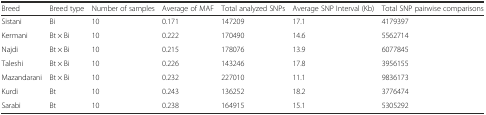
| Breed | Breed type | Number of samples | Average of MAF | Total analyzed SNPs | Average SNP Interval (Kb) | Total SNP pairwise comparisons |
 | --- | --- | --- | --- | --- | --- | --- |
 | Sistani | Bi | 10 | 0.171 | 147209 | 17.1 | 4179397 |
 | Kermani | Bt × Bi | 10 | 0.222 | 170490 | 14.6 | 5562714 |
 | Najdi | Bt × Bi | 10 | 0.215 | 178076 | 13.9 | 6077845 |
 | Taleshi | Bt × Bi | 10 | 0.226 | 143246 | 17.8 | 3956155 |
 | Mazandarani | Bt × Bi | 10 | 0.232 | 227010 | 11.1 | 9836173 |
 | Kurdi | Bt | 10 | 0.243 | 136252 | 18.2 | 3776474 |
 | Sarabi | Bt | 10 | 0.238 | 164915 | 15.1 | 5305292 |